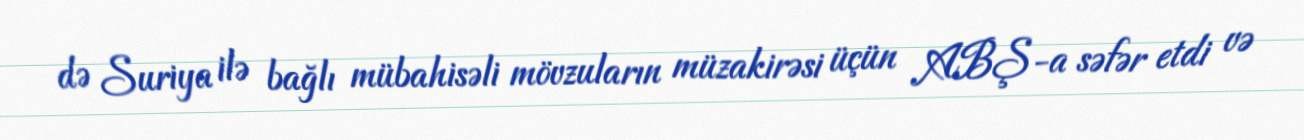
də Suriya ilə bağlı mübahisəli mövzuların müzakirəsi üçün ABŞ-a səfər etdi və